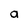
Character: a